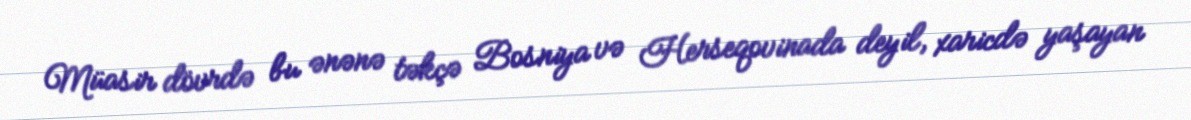
Müasir dövrdə bu ənənə təkçə Bosniya və Herseqovinada deyil, xaricdə yaşayan